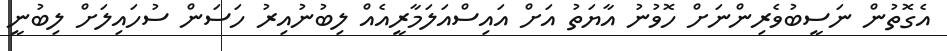
އެގޮތުން ނަސީބުވެރިންނަށް ހޮވުނު އާޔަތު އަށް އައިސްއަލަމާރީއެއް ލިބުނުއިރު ހަސަން ސުހައިލަށް ލިބުނީ